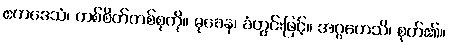
ဧကဒေသံ၊ တစ်စိတ်တစ်စုကို။ မုခေန၊ ခံတွင်းဖြင့်။ အဂ္ဂဟေသိ၊ စုတ်၏။